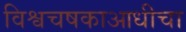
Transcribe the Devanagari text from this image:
विश्वचषकाआधीचा